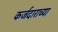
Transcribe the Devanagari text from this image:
कर्जदाराच्या